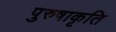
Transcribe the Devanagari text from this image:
पुरुषाकृति